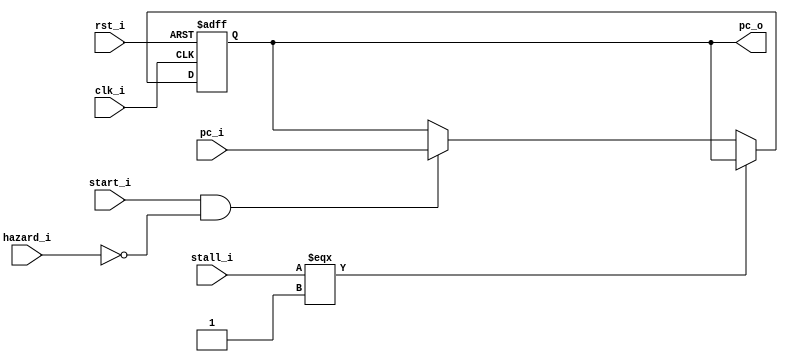
module PC (
    clk_i, rst_i, start_i, pc_i, hazard_i, stall_i,
                           pc_o
);

// Ports
input               clk_i;
input               rst_i;
input               start_i;
input               hazard_i;
input               stall_i;
input       [31:0]  pc_i;
output  reg [31:0]  pc_o;

always @( posedge clk_i or negedge rst_i ) begin
    if ( ~rst_i ) begin
        pc_o <= 32'b0;
    end
    else begin
        if (stall_i === 1'b1) begin
        end
        else if ( start_i && !hazard_i )
            pc_o <= pc_i;
        else
            pc_o <= pc_o;
    end
end

endmodule